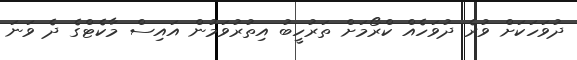
ދުވަހަކަށް ވުރެ ދުވަހެއް ކްރޯމަށް ތަރުހީބު އިތުރުވަމުން އައިސް މާކެޓްގެ ދެ ވަނަ